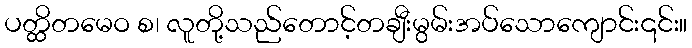
ပတ္ထိတမေဝ စ၊ လူတို့သည်တောင့်တချီးမွမ်းအပ်သောကျောင်း၎င်း။